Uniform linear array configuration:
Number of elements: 12
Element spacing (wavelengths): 0.5
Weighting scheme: exponential
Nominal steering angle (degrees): -60
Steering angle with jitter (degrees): -59.102
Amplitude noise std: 0.05
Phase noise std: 0.05

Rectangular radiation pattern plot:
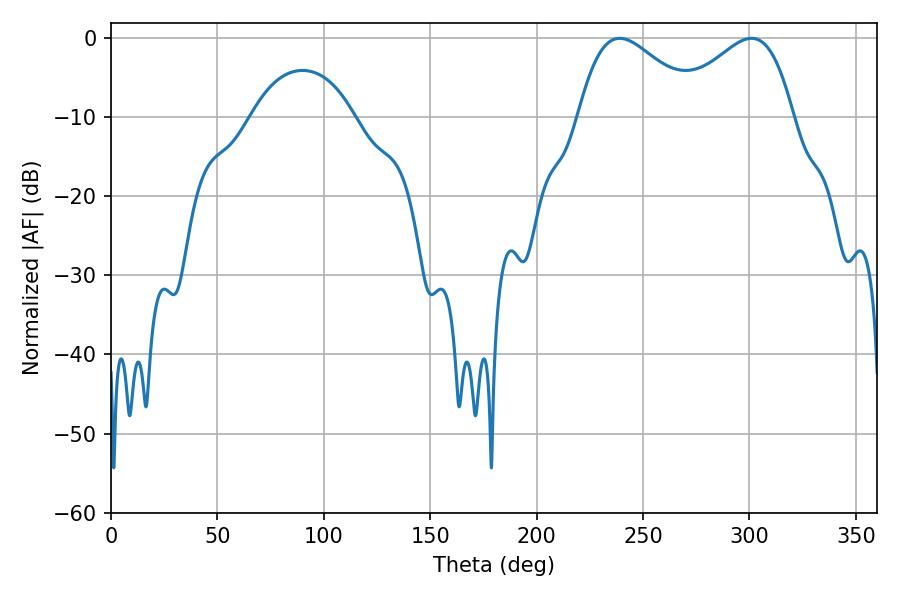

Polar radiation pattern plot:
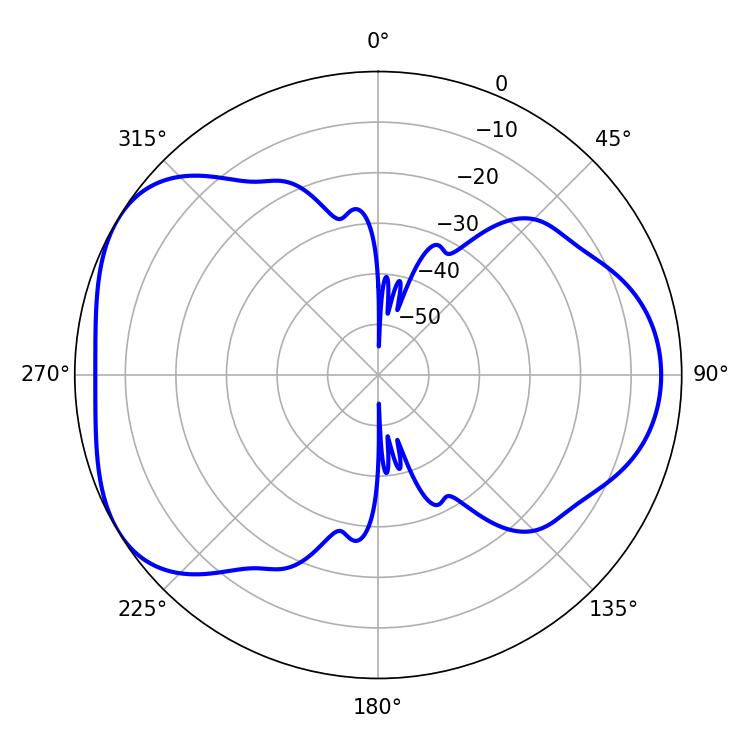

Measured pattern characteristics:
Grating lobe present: FALSE
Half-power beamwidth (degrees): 30.78
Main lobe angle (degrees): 239.04